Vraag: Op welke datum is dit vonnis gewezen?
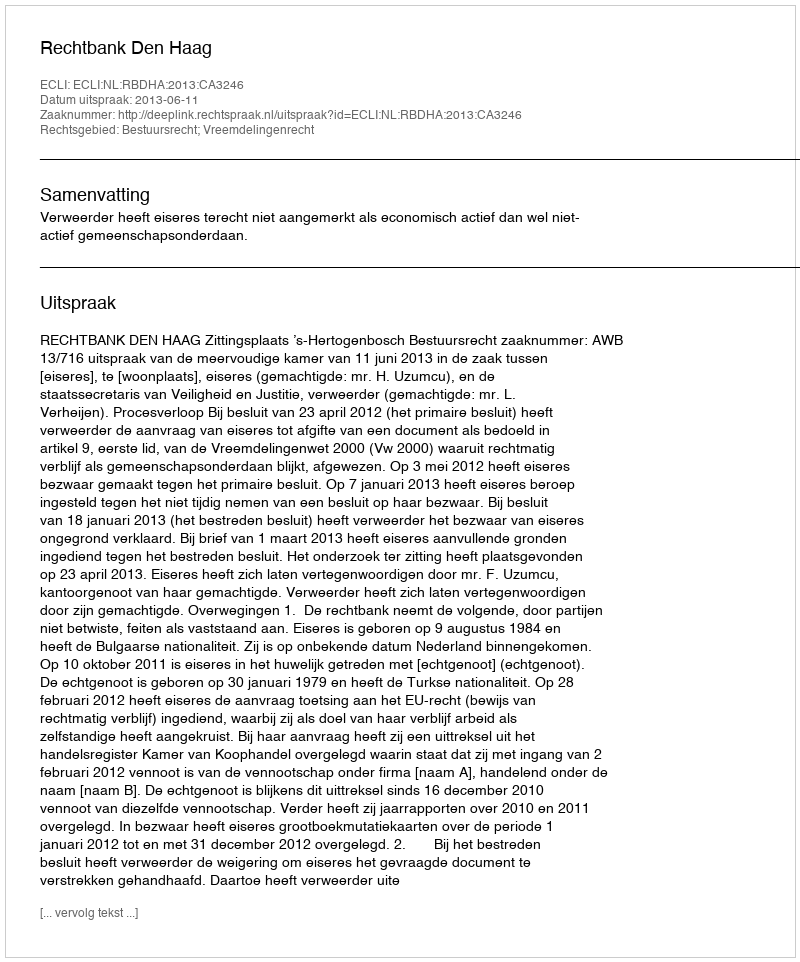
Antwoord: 2013-06-11